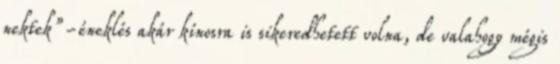
nektek”-éneklés akár kínosra is sikeredhetett volna, de valahogy mégis